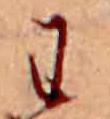
わ